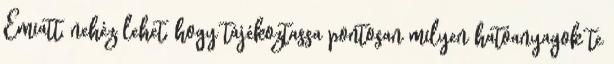
Emiatt, nehéz lehet, hogy tájékoztassa pontosan milyen hatóanyagok te